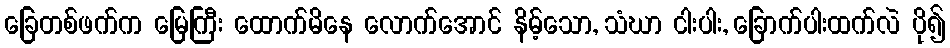
ခြေတစ်ဖက်က မြေကြီး ထောက်မိနေ လောက်အောင် နိမ့်သော, သံဃာ ငါးပါး, ခြောက်ပါးထက်လဲ ပို၍